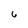
Character: 6